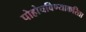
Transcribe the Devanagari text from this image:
पोहोचविण्याकरिता